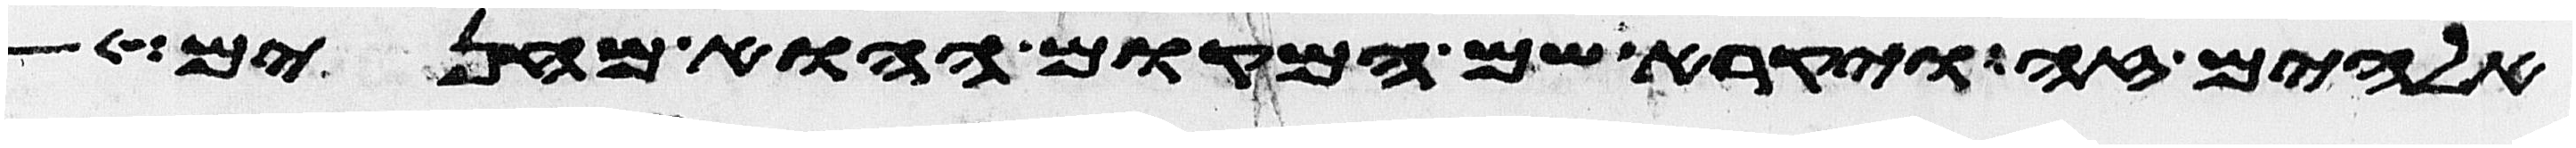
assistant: אלהים זה ויקרא שם המקום ההוא מחנים